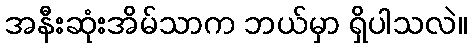
အနီးဆုံးအိမ်သာက ဘယ်မှာ ရှိပါသလဲ။